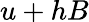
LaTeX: u+hB